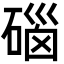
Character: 碯